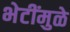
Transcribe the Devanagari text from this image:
भेटींमुळे